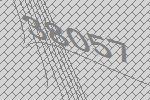
38057